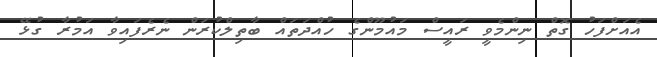
އެއަށްފަހު ގޮތް ނިންމެވީ ރައީސް މައުމޫންގެ ހުއްދަތައް ބާތިލްކުރަން ނެރެފައިވާ އަމުރާ ގުޅޭ